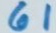
61